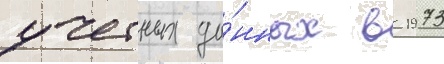
учетных да́нных в 1973